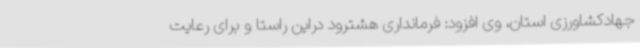
جهادکشاورزی استان، وی افزود: فرمانداری هشترود دراین راستا و برای رعایت